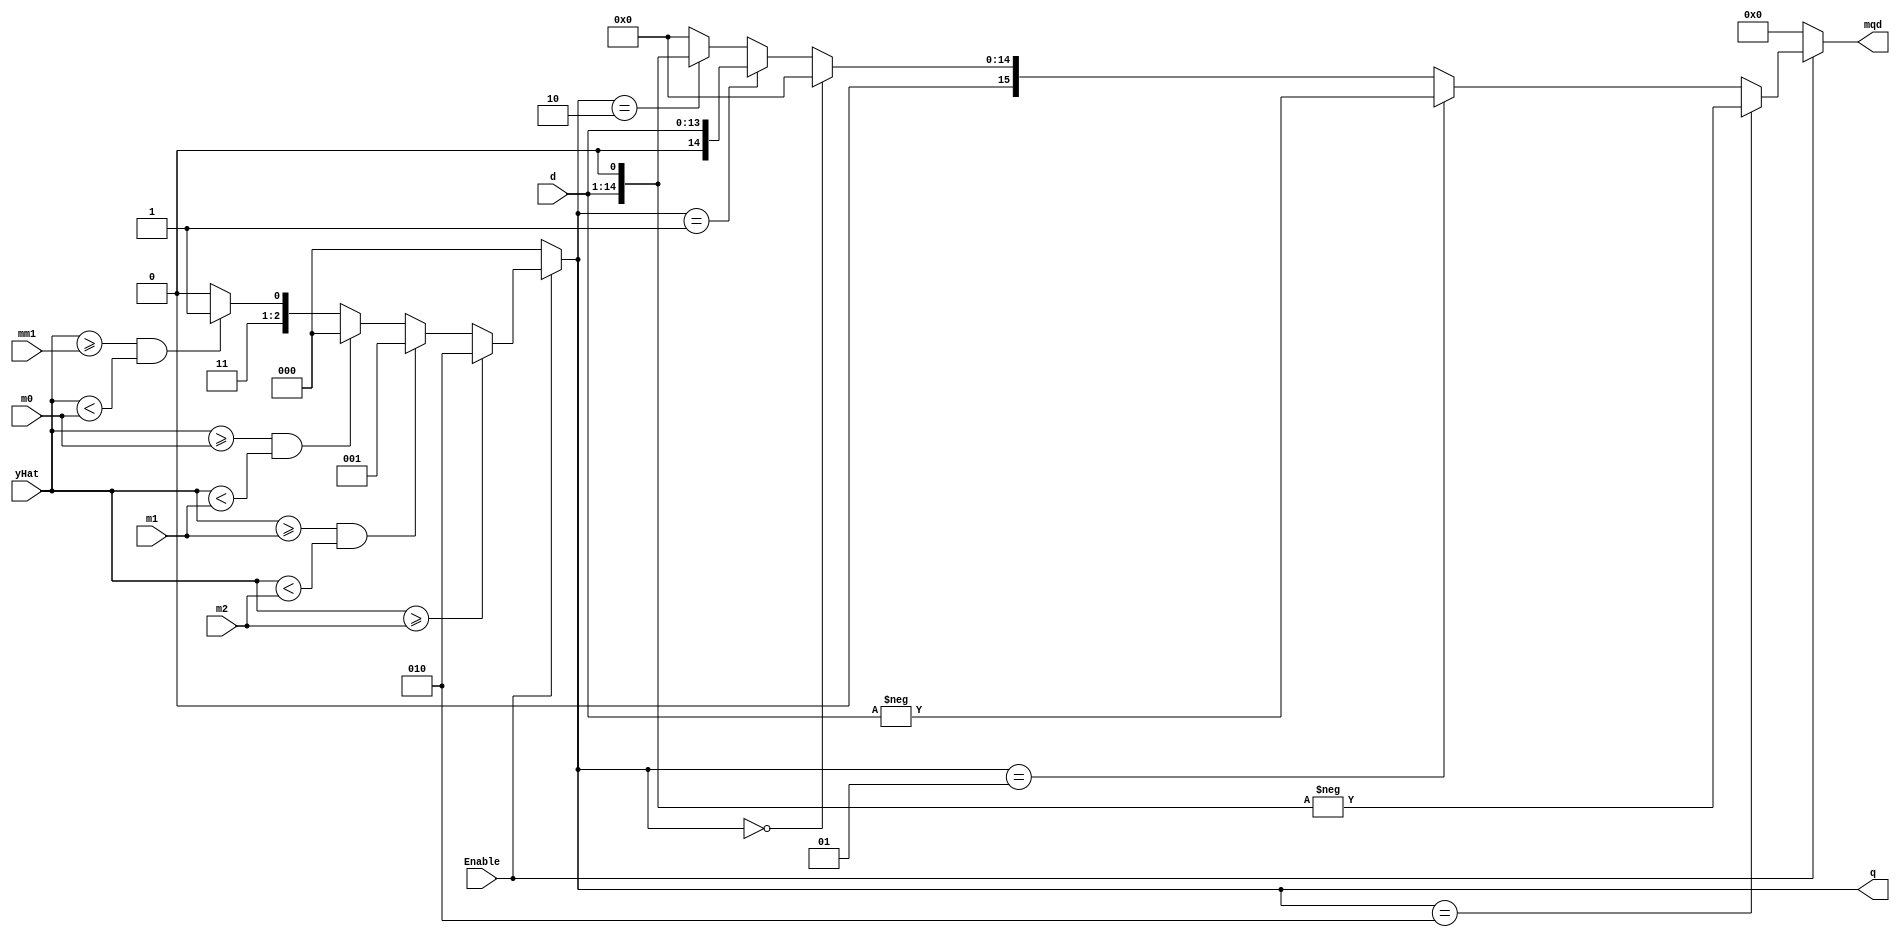
// LUT in radix-4 divider
module DivLUT

# (parameter WF = 9)

(input signed [6:0] m2, m1, m0, mm1, yHat, 
 input [WF+4:0] d, input Enable,
 output reg signed [2:0] q, output reg signed [WF+6:0] mqd);
 
always @ *
  if (Enable)
    begin
    	if (yHat >= m2)
    	  q = 2;
    	else if ((yHat >= m1) && (yHat < m2))
    	  q = 1;
    	else if ((yHat >= m0) && (yHat < m1))
    	  q = 0;
    	else if ((yHat >= mm1) && (yHat < m0))
    	  q = -1;
    	else // yHat < mm1
    	  q = -2;
    end
  else
    begin
    	q = 0;
    end
    
always @ *                       
  if (Enable)               
    begin                       
      if (q == 2)              
        mqd = -(d << 1);   // -q * d    
      else if (q == 1)         
        mqd = -d;              
      else if (q == 0)         
        mqd = 0;               
      else if (q == -1)        
        mqd = d;               
      else if (q == -2)        
        mqd = d << 1;          
      else                      
        mqd = 0;               
    end                         
  else                          
    mqd = 0;  
    
endmodule